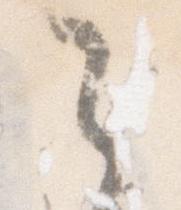
之